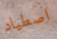
اصطياد